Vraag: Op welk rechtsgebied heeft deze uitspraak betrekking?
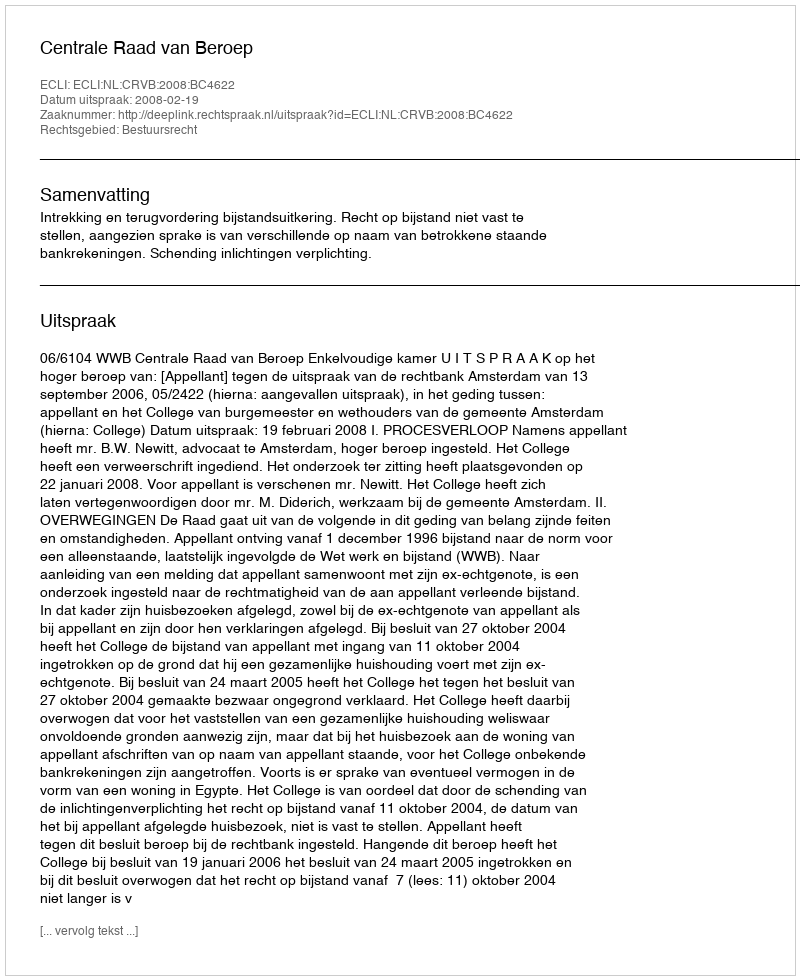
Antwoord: Bestuursrecht